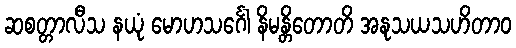
ဆစတ္တာလီသ နယုံ မောဟသင်္ဂေါ နိမန္တိတောတိ အနုသယသဟိတာဝ